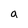
Character: a